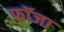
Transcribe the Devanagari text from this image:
फॉजा